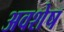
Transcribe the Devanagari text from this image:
अवशेष्‍ा